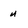
Character: u